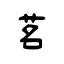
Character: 茗